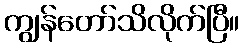
ကျွန်တော်သိလိုက်ပြီ။